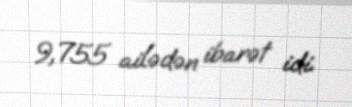
9,755 ailədən ibarət idi.